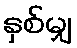
နှစ်မျှ